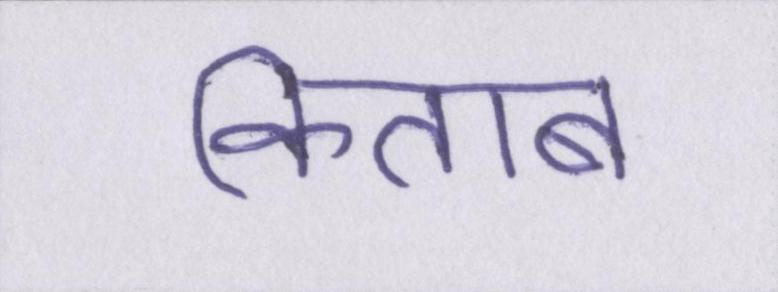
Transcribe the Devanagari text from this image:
किताब